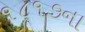
૧૮૧૭ના